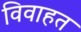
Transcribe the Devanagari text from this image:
विवाहत